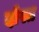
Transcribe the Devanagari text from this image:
दोस्त